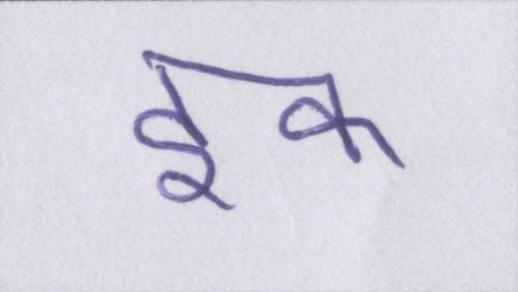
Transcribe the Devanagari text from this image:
इक